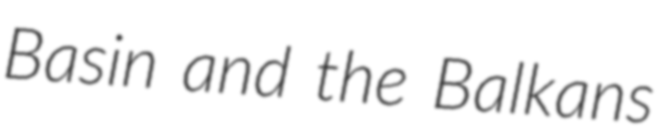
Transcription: Basin and the Balkans